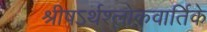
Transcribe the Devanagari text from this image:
श्रीषऽर्थश्लोकवार्तिके